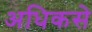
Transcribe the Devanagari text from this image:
अधिकसे